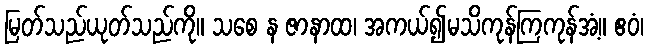
မြတ်သည်ယုတ်သည်ကို။ သစေ န ဇာနာထ၊ အကယ်၍မသိကုန်ကြကုန်အံ့။ ဧဝံ၊